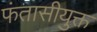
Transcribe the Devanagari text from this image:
फंतासीयुक्त